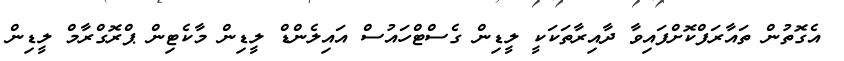
އެގޮތުން ތައާރަފްކޮށްފައިވާ ދާއިރާތަކަކީ ލީޑިން ގެސްޓްހައުސް އައިލެންޑް ލީޑިން މާކެޓިން ޕްރޮގްރާމް ލީޑިން